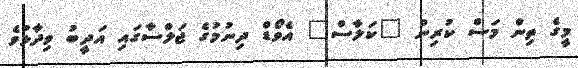
މީގެ ތިން މަސް ކުރިން "ކަލާސް" އެވޯޑް ދިނުމުގެ ޖަލްސާގައި އަދީބު ވިދާޅުވެ